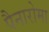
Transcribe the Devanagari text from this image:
पैनारोमा